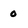
Character: 0